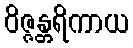
ဝိဇ္ဇန္တရိကာယ